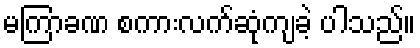
မကြာခဏ စကားလက်ဆုံကျခဲ့ ပါသည်။